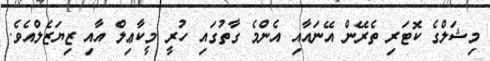
މިޝަލްގެ ކޮޓަރި ތެރޭން އޭނައާއި އެންމެ ގާތުގައި ހުރީ މީކާޢިލް އާއި ޒިޔަޒެލްއެވެ.